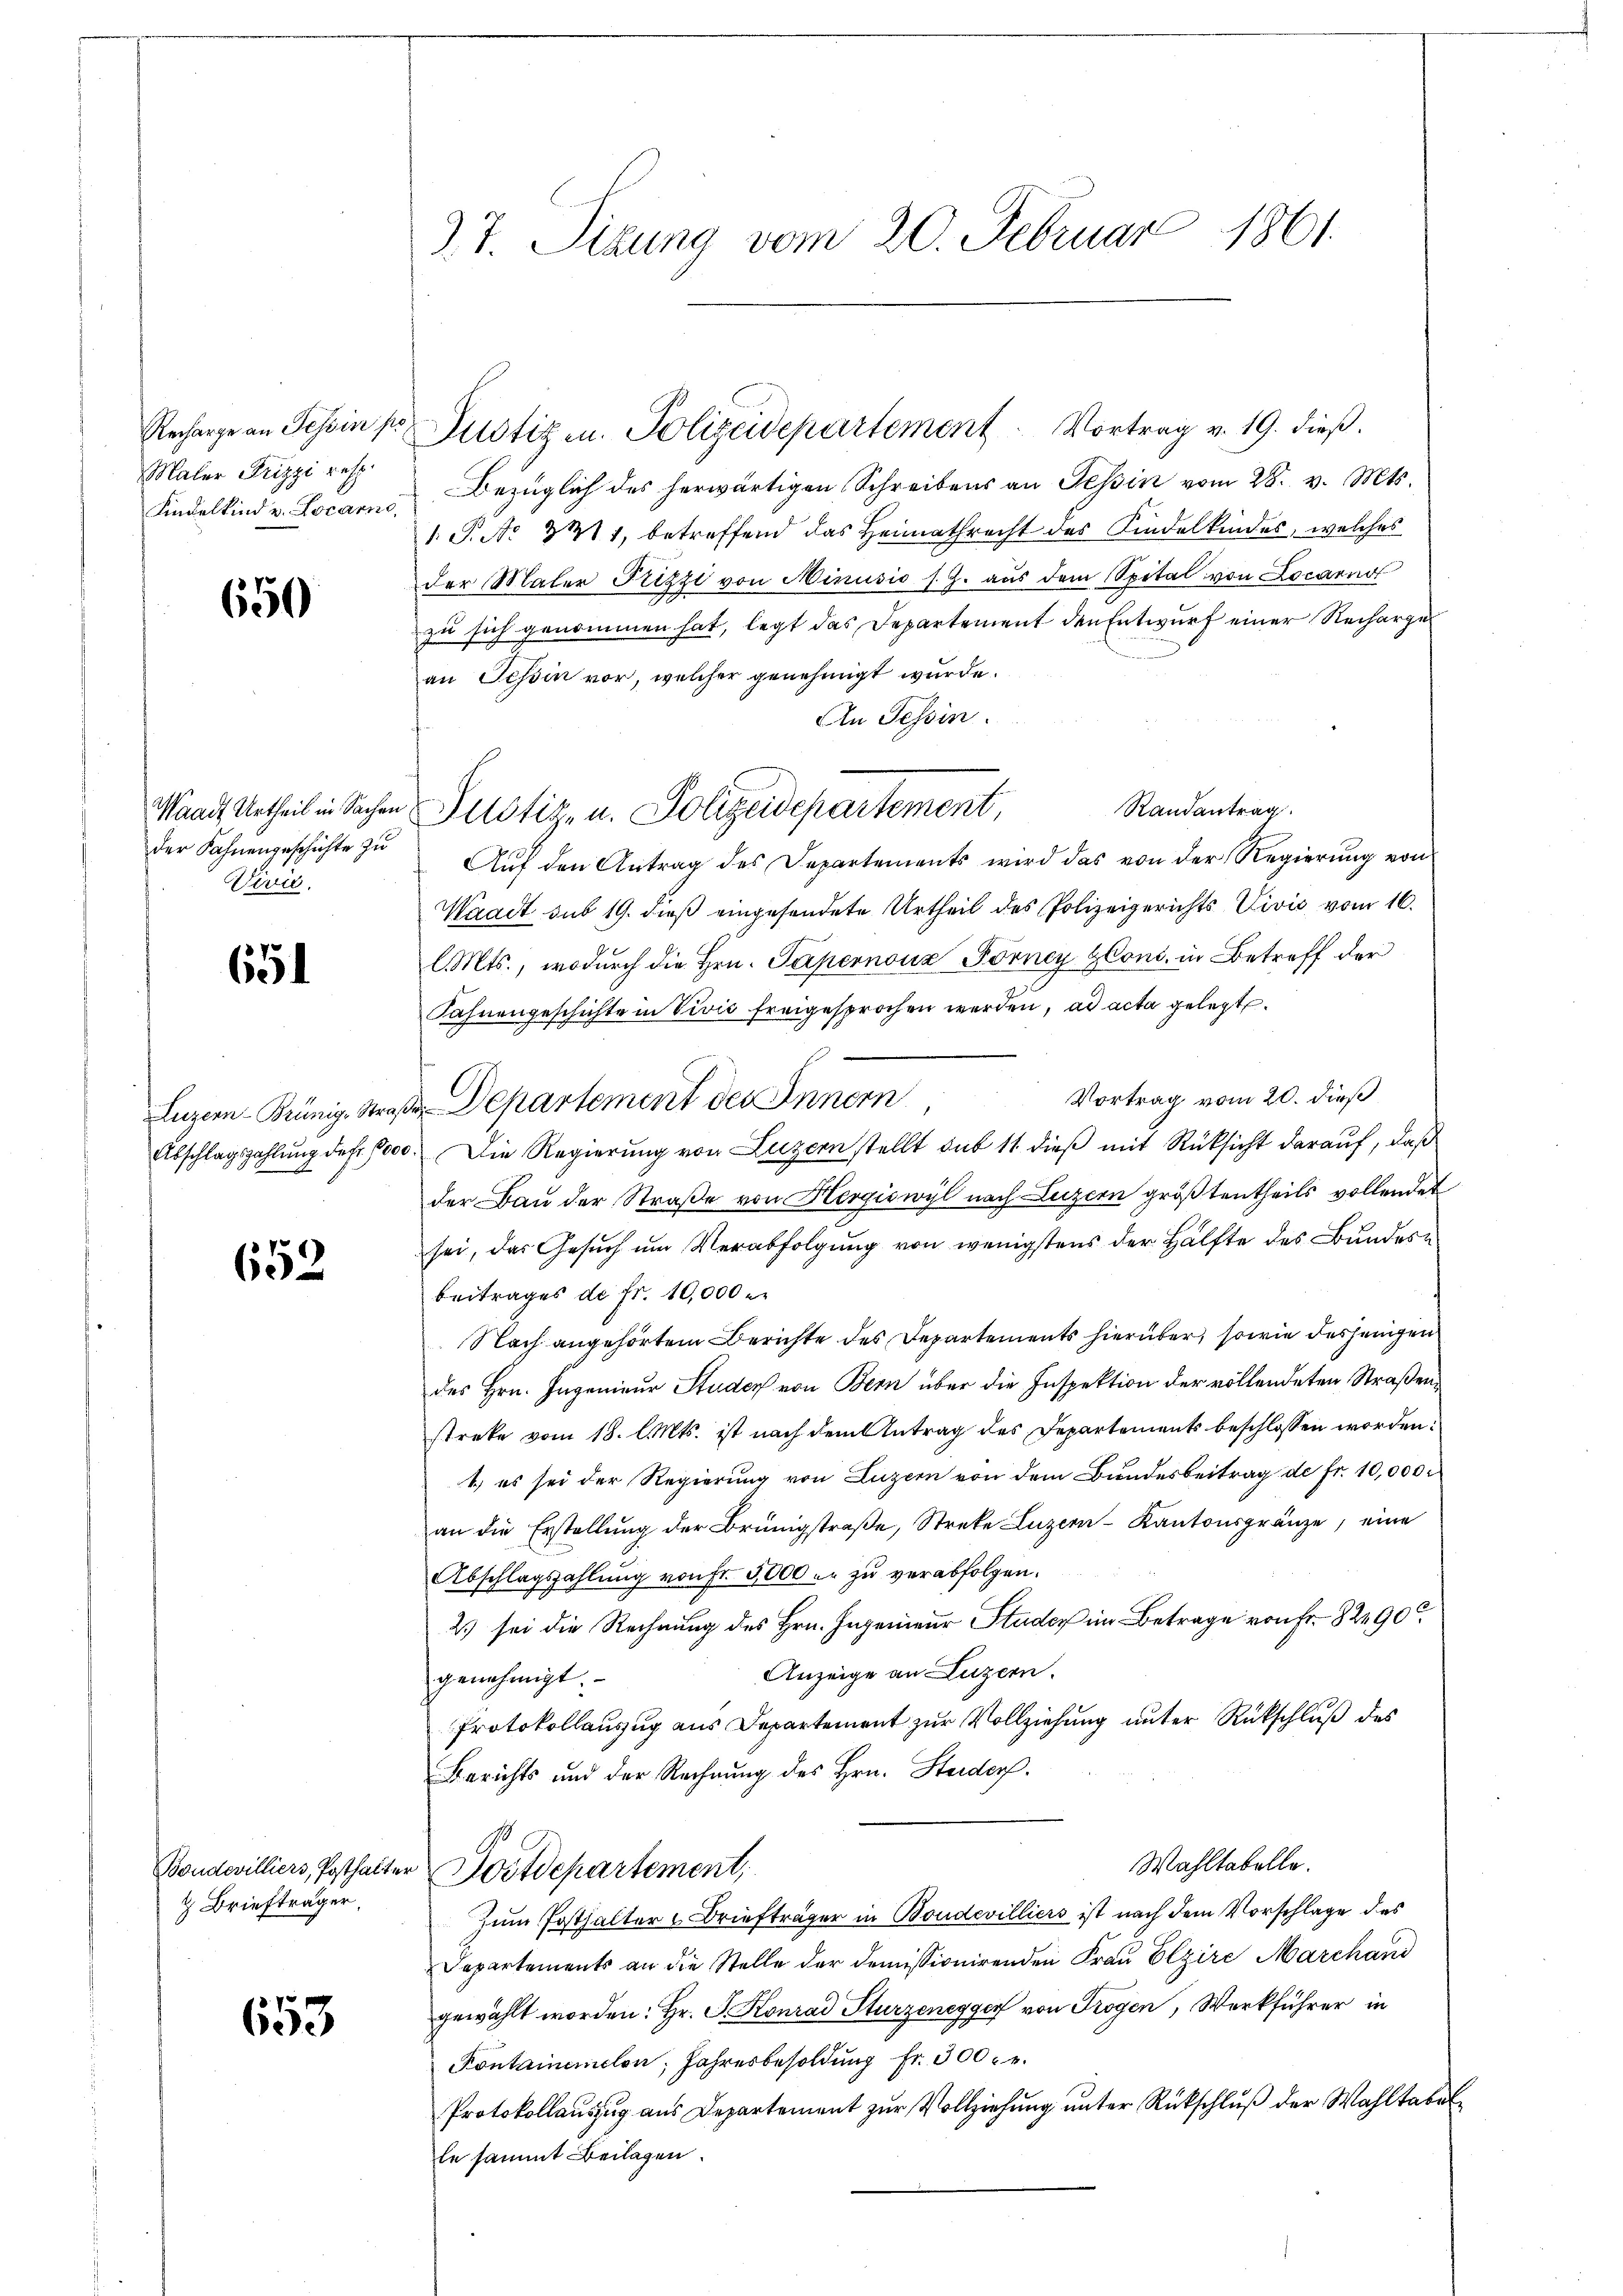
Recharge an Tessin s
Maler Prizzi resp.
Kindelkind u. Locarno,

650

Waadt Urtheil in Sachen
der Fahnengeschichte zu
Sirie.

651

Luzern - Brünige Straf
Abschlagszahlung des 100.

652

Briefträger,

653

27. Sizung vom 20. Februar 1861.

Bezüglich des herwärtigen Schreibens an Tessin vom 28. v. Mts.
1 S. No 341, betreffend das Heimathrecht des Kindelkindes, welches
der Maler Frizzi von Minusis s. Z. aus dem Spital von Locarno
zu sich genommen hat, legt das Departement den Entwurf einer Rechargean Tessin vor, welcher genehmigt wurde.
An Tessin.
Randantrag
Aŭf den Antrag des Departements wird das von der Regierŭng von
Waadt sub 19. dieß eingesendete Urtheil des Polizeigerichts Civić vom 16.
l. Mts., wodurch die Hrn. Papernouz Forney Glons. in Betreff der
Fahnengeschichte in Vivić freigesprochen werden, ad acta gelegt.
Vortrag vom 20. dieß
o. Die Regierung von Luzern stellt sub 11 dieß mit Rücksicht darauf, daß
der Bau der Straße von Hergiswyl nach Luzern größtentheils vollendet
sei, das Gesuch um Verabfolgung von wenigstens der Hälfte des Bundes¬
Beitrages de fr. 10,000 e
Nach angehörtem Berichte des Departements hierüber, sowie desjenigen
des Hrn. Ingenieur Studer von Bern über die Inspektion der vollendeten Straßenstreke vom 18. l. Mts. ist nach dem Antrag des Departements beschlossen worden:
1.) es sei der Regierung von Luzern von dem Bundesbeitrag de fr. 10,000
an die Erstellŭng der Brünigstraβe, Streke Luzern Kantonsgränze, eine
Abschlagszahlung von Fr. 3000 u. zu verabfolgen.
2) sei die Rechnung des Hrn. Ingenieur Studer im Betrage von Fr. 82490
Anzeige an Luzern.
genehmigt.
Protokollauszug aus Departement zur Vollziehung unter Rückschluß des
Berichts und der Rechnung des Hrn. Steiders.
Wahltabelle.
Boudevilliers, Posthalter Wostdepartement,
Zum Posthalter Briefträger in Boudevilliers ist nach dem Vorschlage des
Departements an die Stelle der demissionirenden Fraŭ Elzire Marchand
gewählt worden: Hr. P. Konrad Sturzenegger von Trogen, Werkführer in
Pontainemclon, Jahresbesoldung Fr. 300 fr.
Protokollauszug aus Departement zur Vollziehung unter Rückschluß der Wahltabelle sammt Beilagen.

Justiz u. Polizeidepartement. Vortrag v. 19. dieß.

de Departement der Innern

Justiz- u. Polizeidepartement,